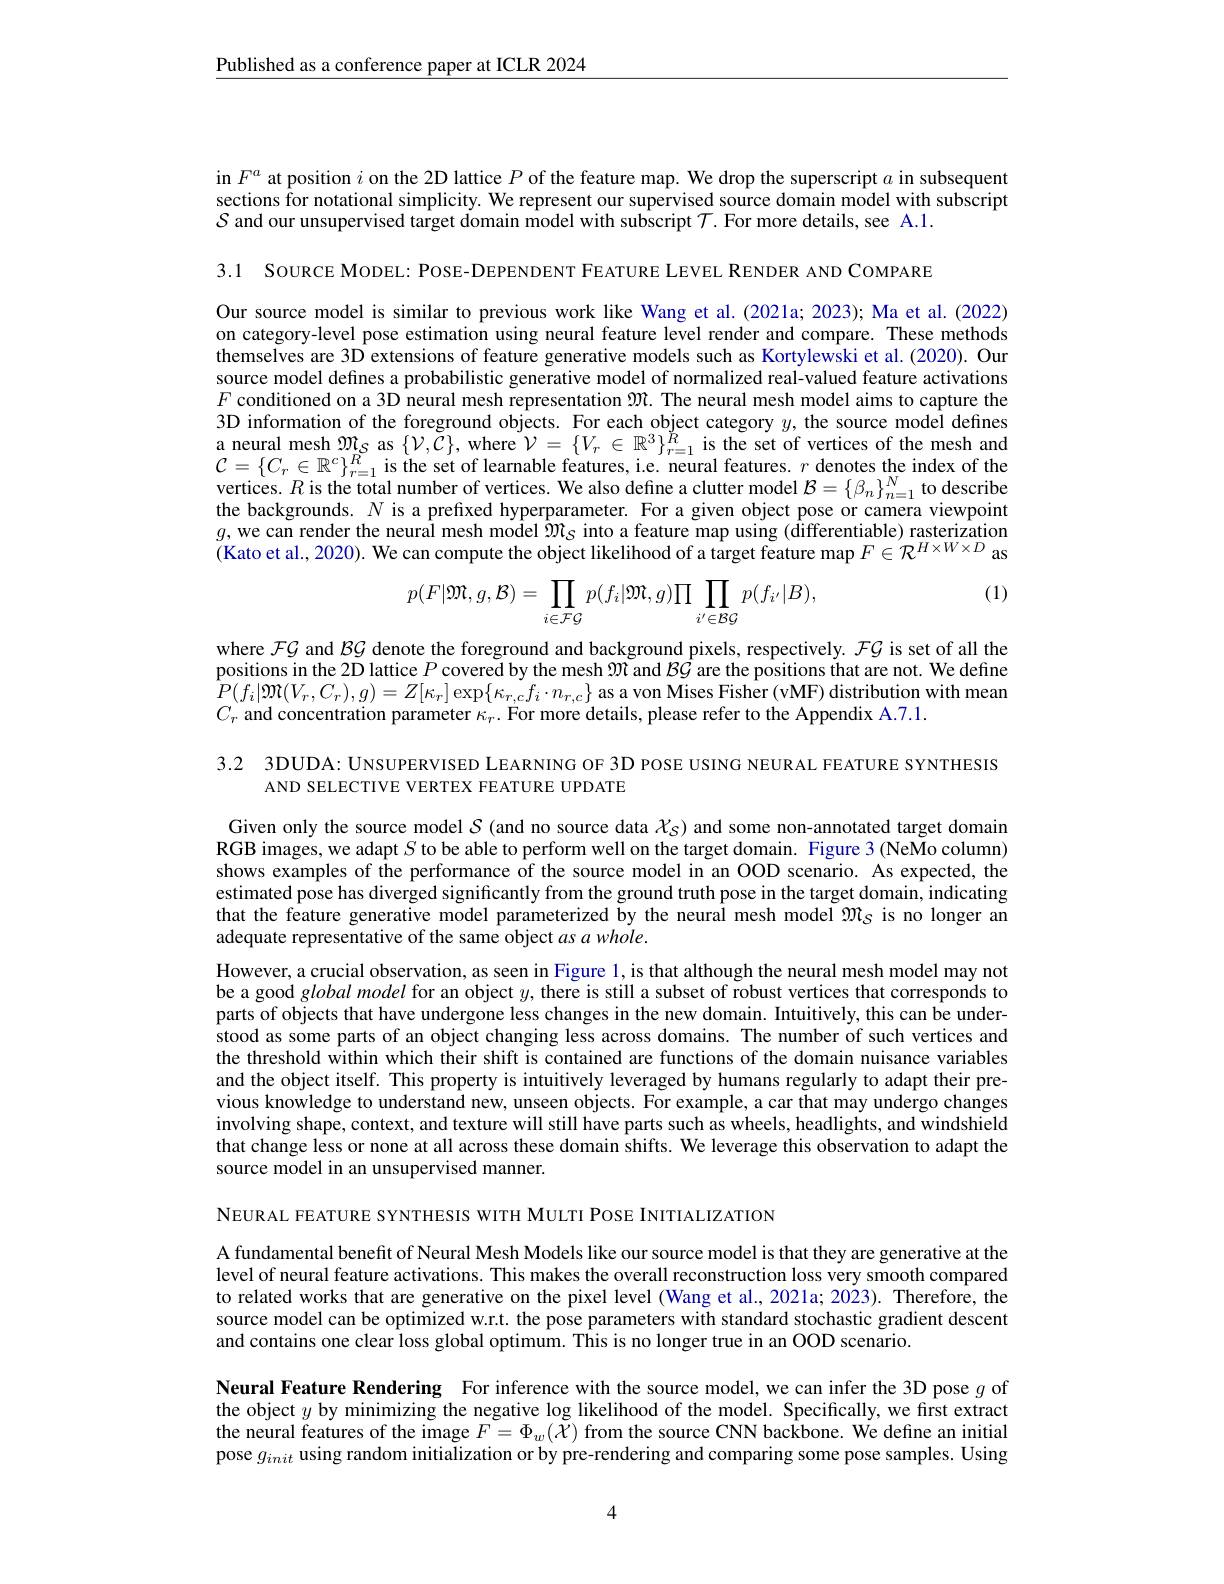
$\underline{\text{Published as a conference paper at ICLR 2024}}$

in $F^a$ at position $i$ on the 2D lattice $P$ of the feature map. We drop the superscript $a$ in subsequent sections for notational simplicity. We represent our supervised source domain model with subscript $\mathcal{S}$ and our unsupervised target domain model with subscript $\mathcal{T}.$ For more details, see A.1.

3.1 SOURCE MODEL: POSE-DEPENDENT FEATURE LEVEL RENDER AND COMPARE

Our source model is similar to previous work like Wang et al.(2021a; 2023); Ma et al.(2022) on category-level pose estimation using neural feature level render and compare. These methods themselves are 3D extensions of feature generative models such as Kortylewski et al.(2020). Our source model defines a probabilistic generative model of normalized real-valued feature activations $F$ conditioned on a 3D neural mesh representation $\mathfrak{M}$. The neural mesh model aims to capture the 3D information of the foreground objects. For each object category $y$, the source model defines a neural mesh $\mathfrak{M}_S$ as $\{\mathcal{V},\mathcal{C}\}$, where $\mathcal{V}=\{V_r\in\mathbb{R}^3\}_{r=1}^R$ is the set of vertices of the mesh and $\mathcal{C}=\{C_{r}\in\mathbb{R}^{c}\}_{r=1}^{\bar{R}}$is the set of learnable features, i.e. neural features. $r$ denotes the index of the vertices. $R$ is the total number of vertices. We also define a clutter model $\mathcal{B}=\left\{\beta_n\right\}_n=1^N$ to describe the backgrounds. $N$ is a prefixed hyperparameter. For a given object pose or camera viewpoint $g$, we can render the neural mesh model $\Re_S$ into a feature map using (differentiable) rasterization (Kato et al., 2020). We can compute the object likelihood of a target feature map $F\in\mathcal{R}^H\times W\times D$ as

(1)
$$p(F|\mathfrak{M},g,\mathcal{B})=\prod\limits_{i\in\mathcal{FG}}p(f_i|\mathfrak{M},g)\prod\prod\limits_{i'\in\mathcal{BG}}p(f_{i'}|B),$$
where $\mathcal{FG}$ and BG denote the foreground and background pixels, respectively. $\mathcal{FG}$ is set of all the positions in the 2D lattice $P$ covered by the mesh $\Re$ and $\mathcal{BG}$ are the positions that are not. We define $\hat{P} ( f_{i}| \mathfrak{M} ( V_{r}, C_{r}) , g) = Z[ \kappa _{r}] \exp \{ \kappa _{r, c}f_{i}\cdot n_{r, c}\}$ as a von Mises Fisher ( vMF) distribution with mean $\hat{P} ( f_{i}| \mathfrak{M} ( V_{r}, C_{r}) , g) = Z[ \kappa _{r}] \exp \{ \kappa _{r, c}f_{i}\cdot n_{r, c}\}$ as a von Mises Fisher ( vMF) dlistribution with mean $C_{r}$ and concentration parameter $\kappa_r.$ For more details, please refer to the Appendix A.7.1.

3.2 3DUDA: UNSUPERVISED LEARNING OF 3D POSE USING NEURAL FEATURE SYNTHESIS
AND SELECTIVE VERTEX FEATURE UPDATE

Given only the source model $\mathcal{S}$ (and no source data $\mathcal{X}_S$) and some non-annotated target domain RGB images, we adapt $S$ to be able to perform well on the target domain. Figure 3 (NeMo column) shows examples of the performance of the source model in an OOD scenario. As expected, the estimated pose has diverged significantly from the ground truth pose in the target domain, indicating that the feature generative model parameterized by the neural mesh model $\mathfrak{M}_S$ is no longer an adequate representative of the same object $asawhole.$
However, a crucial observation, as seen in Figure 1, is that although the neural mesh model may not be a good globalmodel for an object $y$, there is still a subset of robust vertices that corresponds to parts of objects that have undergone less changes in the new domain. Intuitively, this can be understood as some parts of an object changing less across domains. The number of such vertices and the threshold within which their shift is contained are functions of the domain nuisance variables and the object itself. This property is intuitively leveraged by humans regularly to adapt their previous knowledge to understand new, unseen objects. For example, a car that may undergo changes involving shape, context, and texture will still have parts such as wheels, headlights, and windshield that change less or none at all across these domain shifts. We leverage this observation to adapt the source model in an unsupervised manner.

NEURAL FEATURE SYNTHESIS WITH MULTI POSE INITIALIZATION

A fundamental benefit of Neural Mesh Models like our source model is that they are generative at the level of neural feature activations. This makes the overall reconstruction loss very smooth compared to related works that are generative on the pixel level (Wang et al.,2021a; 2023). Therefore, the source model can be optimized w.r.t. the pose parameters with standard stochastic gradient descent and contains one clear loss global optimum. This is no longer true in an OOD scenario.

Neural Feature Rendering For inference with the source model, we can infer the 3D pose $g$ of the object $y$ by minimizing the negative log likelihood of the model. Specifically, we first extract the neural features of the image $F=\Phi_w(\tilde{\mathcal{X}})$ from the source CNN backbone. We define an initial pose $g_init$ using random initialization or by pre-rendering and comparing some pose samples. Using

4